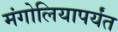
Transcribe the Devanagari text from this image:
मंगोलियापर्यंत